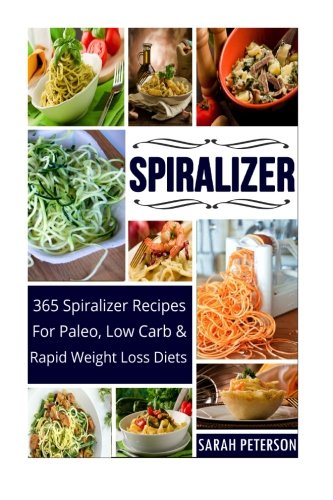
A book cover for Spiralizer:  365 Spiralizer Recipes For Paleo, Low Carb and Rapid Weight Loss Diets; Sarah Peterson; Cookbooks, Food & Wine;